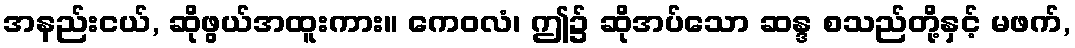
အနည်းငယ်, ဆိုဖွယ်အထူးကား။ ကေဝလံ၊ ဤ၌ ဆိုအပ်သော ဆန္ဒ စသည်တို့နှင့် မဖက်,